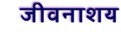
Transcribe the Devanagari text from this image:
जीवनाशय